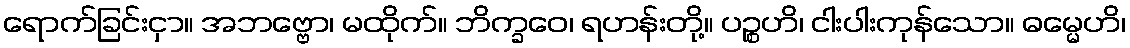
ရောက်ခြင်းငှာ။ အဘဗ္ဗော၊ မထိုက်။ ဘိက္ခဝေ၊ ရဟန်းတို့။ ပဉ္စဟိ၊ ငါးပါးကုန်သော။ ဓမ္မေဟိ၊